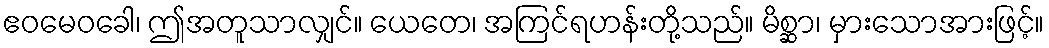
ဧဝမေဝခေါ၊ ဤအတူသာလျှင်။ ယေတေ၊ အကြင်ရဟန်းတို့သည်။ မိစ္ဆာ၊ မှားသောအားဖြင့်။